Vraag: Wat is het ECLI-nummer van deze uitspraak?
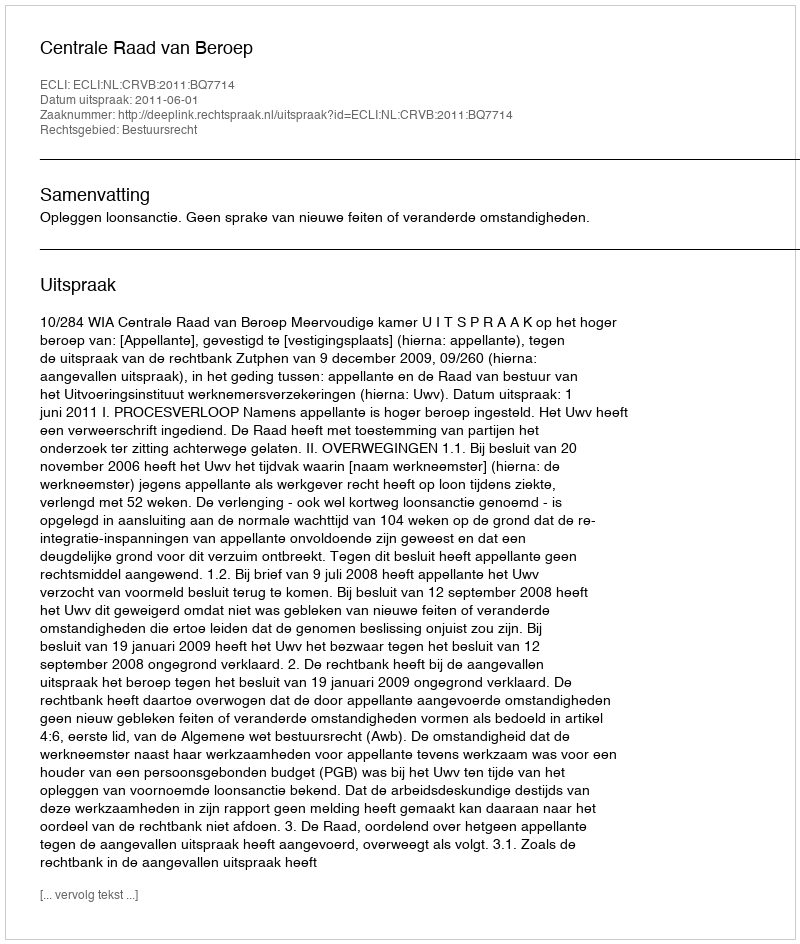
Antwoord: ECLI:NL:CRVB:2011:BQ7714